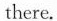
there.